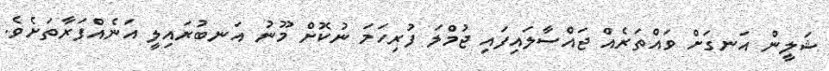
ޝަލީން އަނގަށް ވައްތަރެއް ޖައްސާލައިފައި ޖުމްލަ ފުރިހަމަ ނުކޮށް މޫނު އަނބުރައިލީ އަނެއްފަރާތަށެވެ.